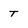
Character: T